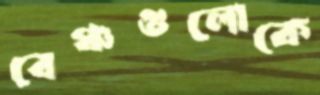
বেঞ্চগুলোকে